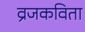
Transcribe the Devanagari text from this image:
व्रजकविता